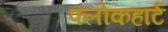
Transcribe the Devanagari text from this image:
फ्लोकहार्ट